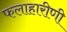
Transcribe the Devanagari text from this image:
फलाहारीणी